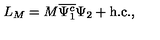
L _ { M } = M \overline { { \Psi _ { 1 } ^ { c } } } \Psi _ { 2 } + \mathrm { h . c . } ,